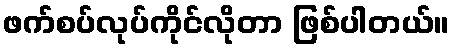
ဖက်စပ်လုပ်ကိုင်လိုတာ ဖြစ်ပါတယ်။